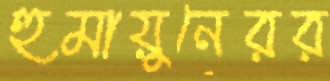
হুমায়ুনেরর